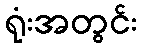
ရုံးအတွင်း